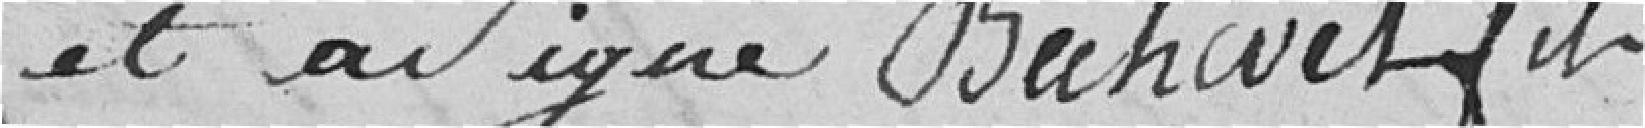
et a signé Bechivet fils